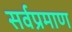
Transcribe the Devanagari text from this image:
सर्वप्रमाण